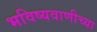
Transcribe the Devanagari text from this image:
भविष्यवाणीच्या